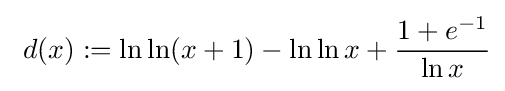
~d(x):=\ln \ln(x+1)-\ln \ln x+{\frac {1+e^{-1}}{\ln x}}